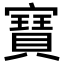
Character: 𭔟